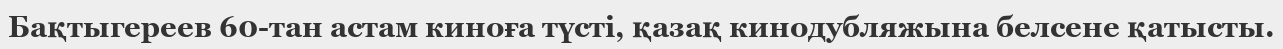
Бақтыгереев 60-тан астам киноға түсті, қазақ кинодубляжына белсене қатысты.